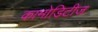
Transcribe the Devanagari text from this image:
कामोडिटीज